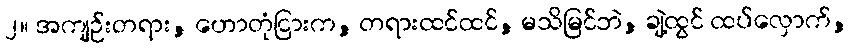
၂။ အကျဉ်းတရား, ဟောတုံငြားက, တရားထင်ထင်, မသိမြင်ဘဲ, ချဲ့ထွင် ထပ်လှောက်,